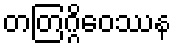
တတြဂ္ဂိဝေဿန